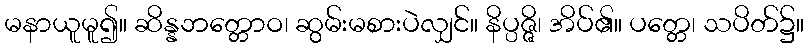
မနာယူမူ၍။ ဆိန္နဘတ္တောဝ၊ ဆွမ်းမစားပဲလျှင်။ နိပ္ပဇ္ဇိ၊ အိပ်၏။ ပတ္တေ၊ သပိတ်၌။